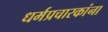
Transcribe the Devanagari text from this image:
धर्मप्रचारकांना